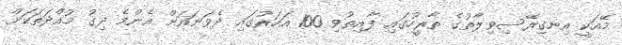
މޭއަކީ އިނގިރޭސިވިލާތުގެ ތާރީހުގައި ފާއިތުވި 100 އަހަރުގައި ދެވަނައަށް އެންމެ ދިގު މުއްދަތަކަށް